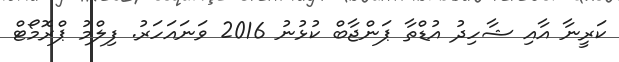
ކަރީނާ އާއި ޝާހިދު އުޑްތާ ޕަންޖާބް ކުޅުނު 2016 ވަނައަހަރު. ފިލްމު ޕްރޮމޯޓް